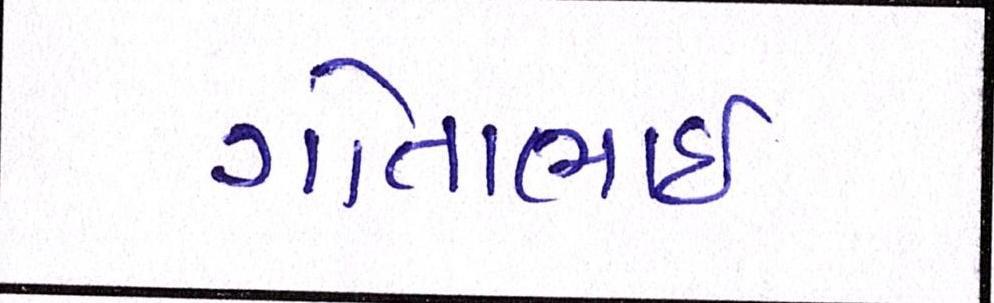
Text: ગોતાભાઈ